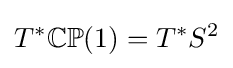
T^{*}\mathbb {CP} (1)=T^{*}S^{2}